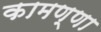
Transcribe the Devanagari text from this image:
कामण्णा